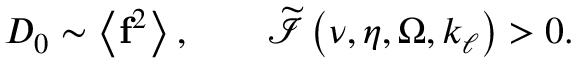
D _ { 0 } \sim \left\langle \mathbf { f } ^ { 2 } \right\rangle , \qquad \widetilde { \mathcal { I } } \left( \nu , \eta , \Omega , k _ { \ell } \right) > 0 .